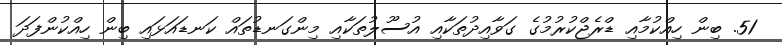
51. ބިން ހިއްކުމާއި ޑްރެޖްކުރުމުގެ ގަވާއިދުތަކާއި އުސޫލުތަކާއި މިންގަނޑުތައް ކަނޑައަޅައި ބިން ހިއްކުންފަދަ